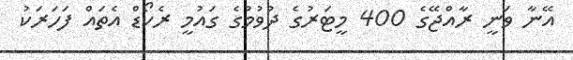
އޭނާ ވަނީ ރާއްޖޭގެ 400 މީޓަރުގެ ދުވުމުގެ ގައުމީ ރެކޯޑް އެތައް ފަހަރަކު